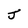
Character: J